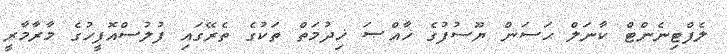
ލެފްޓިނެންޓް ކާނަލް ޙަސަން ޔޫސުފުުގެ ޚާއްޞަ ޚިދުމަތް ތަކުގެ ތެރޭގައި ފުލުސްއޮފީހުގެ މާރާމާރީ